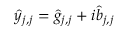
\hat { y } _ { j , j } = \hat { g } _ { j , j } + i \hat { b } _ { j , j }